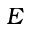
E